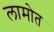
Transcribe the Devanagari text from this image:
लामोत